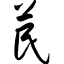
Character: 苠